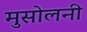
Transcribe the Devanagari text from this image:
मुसोलनी